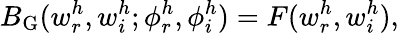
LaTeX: B_{\mathrm{G}}(w_{r}^{h},w_{i}^{h};\phi_{r}^{h},\phi_{i}^{h})=F(w_{r}^{h},w_{i}^{h}),